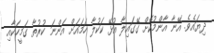
ދިޔައެވެ. އޭނާ އާންމުކޮށް ގޭގައިލާ އުޅޭ ކަކުލާ ހަމައަށް އަންނަ ކުރުތާ ގަމީހަކާއި